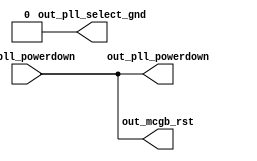
// ***************************************************************************
// ***************************************************************************
// Copyright 2014 - 2017 (c) Analog Devices, Inc. All rights reserved.
//
// In this HDL repository, there are many different and unique modules, consisting
// of various HDL (Verilog or VHDL) components. The individual modules are
// developed independently, and may be accompanied by separate and unique license
// terms.
//
// The user should read each of these license terms, and understand the
// freedoms and responsibilities that he or she has by using this source/core.
//
// This core is distributed in the hope that it will be useful, but WITHOUT ANY
// WARRANTY; without even the implied warranty of MERCHANTABILITY or FITNESS FOR
// A PARTICULAR PURPOSE.
//
// Redistribution and use of source or resulting binaries, with or without modification
// of this file, are permitted under one of the following two license terms:
//
//   1. The GNU General Public License version 2 as published by the
//      Free Software Foundation, which can be found in the top level directory
//      of this repository (LICENSE_GPL2), and also online at:
//      <https://www.gnu.org/licenses/old-licenses/gpl-2.0.html>
//
// OR
//
//   2. An ADI specific BSD license, which can be found in the top level directory
//      of this repository (LICENSE_ADIBSD), and also on-line at:
//      https://github.com/analogdevicesinc/hdl/blob/master/LICENSE_ADIBSD
//      This will allow to generate bit files and not release the source code,
//      as long as it attaches to an ADI device.
//
// ***************************************************************************
// ***************************************************************************

`timescale 1ns/100ps

module adi_jesd204_glue (
  input in_pll_powerdown,
  output out_pll_powerdown,
  output out_mcgb_rst,
  output out_pll_select_gnd
);

  assign out_pll_powerdown = in_pll_powerdown;
  assign out_mcgb_rst = in_pll_powerdown;
  assign out_pll_select_gnd = 1'b0;

endmodule